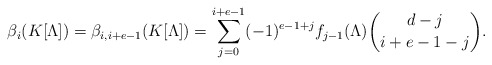
\begin{align*} \beta_{i} (K[\Lambda]) = \beta_{i, i+e-1} (K[\Lambda]) = \sum_{j = 0}^{i+e-1} (-1)^{e-1+j} f_{j-1} (\Lambda) \binom{d-j}{i+e-1-j}. \end{align*}